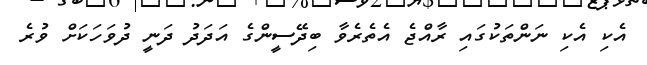
އެކި އެކި ނަންތަކުގައި ރާއްޖެ އެތެރެވާ ބިދޭސީންގެ އަދަދު ދަނީ ދުވަހަކަށް ވުރެ